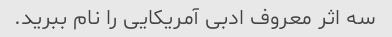
سه اثر معروف ادبی آمریکایی را نام ببرید.